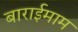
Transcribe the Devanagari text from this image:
बाराईमाम